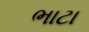
ભાટા